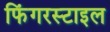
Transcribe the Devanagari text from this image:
फिंगरस्टाइल